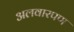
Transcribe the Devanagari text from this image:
अलवारपण